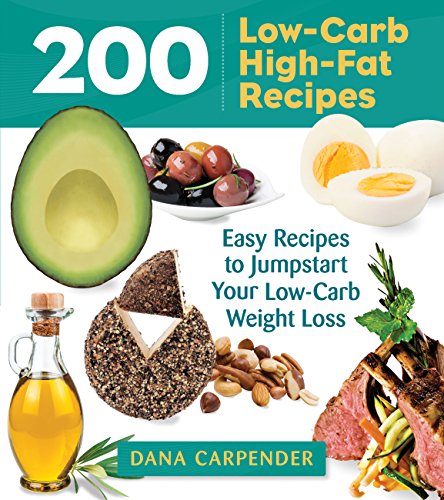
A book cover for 200 Low-Carb, High-Fat Recipes; Dana Carpender; Cookbooks, Food & Wine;